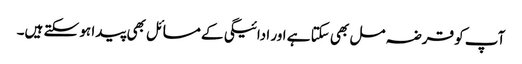
آپ کو قرضہ مل بھی سکتا ہے اور ادائیگی کے مسائل بھی پیدا ہو سکتے ہیں۔